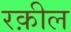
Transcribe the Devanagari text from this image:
रक़ील